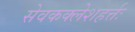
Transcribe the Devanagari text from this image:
सेवकक्लेशहर्त्तः